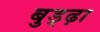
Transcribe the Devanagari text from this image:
बुड्ढ़ा